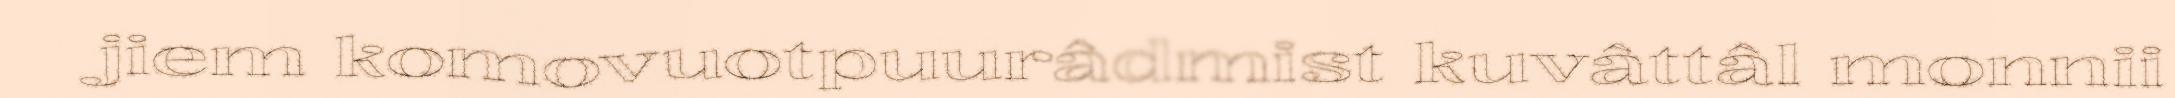
jiem komovuotpuurâdmist kuvâttâl monnii